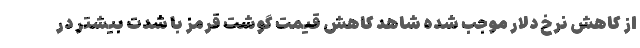
از کاهش نرخ دلار موجب شده شاهد کاهش قیمت گوشت قرمز با شدت بیشتر در